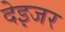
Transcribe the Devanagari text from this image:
देइजर